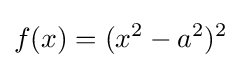
f(x)=(x^{2}-a^{2})^{2}